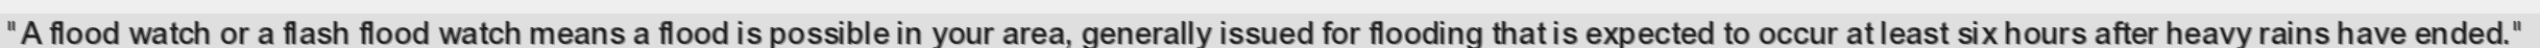
"A flood watch or a flash flood watch means a flood is possible in your area, generally issued for flooding that is expected to occur at least six hours after heavy rains have ended."